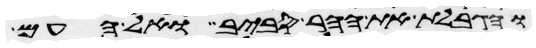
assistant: והגבלת את ההר סביב ואל העם